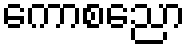
ကောစညော